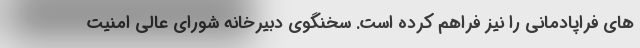
های فراپادمانی را نیز فراهم کرده است. سخنگوی دبیرخانه شورای عالی امنیت